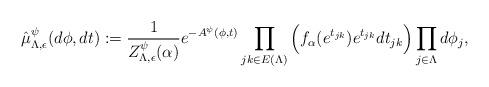
LaTeX: \begin{align*}\hat{\mu}^\psi_{\Lambda,\epsilon}(d\phi, dt) := \frac{1}{Z^\psi_{\Lambda,\epsilon}(\alpha)} e^{-A^\psi(\phi, t)}\prod_{jk \in E(\Lambda)}\Big(f_\alpha(e^{t_{jk}})e^{t_{jk}}dt_{jk}\Big)\prod_{j \in \Lambda}d\phi_j,\end{align*}